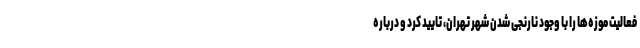
فعالیت موزه‌ها را با وجود نارنجی شدن شهر تهران، تایید کرد و درباره